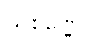
သုစိဏ္ဏေ